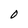
Character: 0